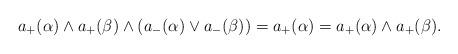
LaTeX: \begin{align*}a_+(\alpha)\wedge a_+(\beta)\wedge (a_-(\alpha)\vee a_-(\beta))=a_+(\alpha)=a_+(\alpha)\wedge a_+(\beta).\end{align*}